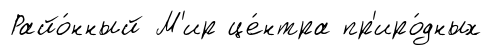
Райо́нный М'ир це́нтра пр'иро́дных